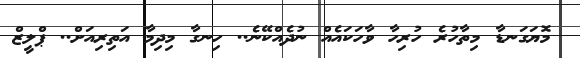
މޮޔަގަނޑާ މިތާހުރެ ހުރިހާ ވާހަކައެއް ނުދެއްކޭނެ.. ހިނގާ މިދިމާ އަތިރިއަށް.. ޕްލީޒް